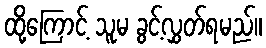
ထို့ကြောင့် သူမ ခွင့်လွှတ်ရမည်။